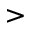
>